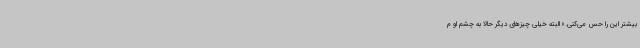
بیشتر این را حس می‌کنی.» البته خیلی‌ چیزهای دیگر حالا به چشم او م